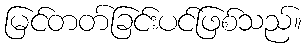
မြင်တတ်ခြင်းပင်ဖြစ်သည်။